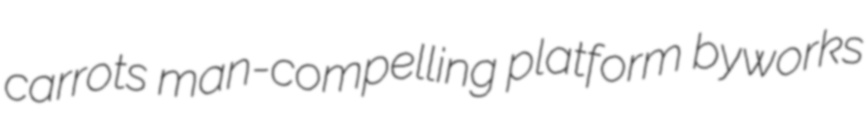
carrots man-compelling platform byworks